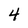
Character: 4